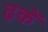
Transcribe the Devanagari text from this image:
ढ़कें